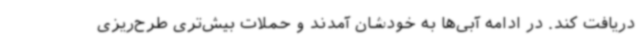
دریافت کند. در ادامه آبی‌ها به خودشان آمدند و حملات بیش‌تری طرح‌ریزی